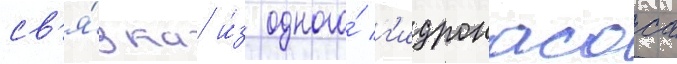
св'я́зка и́з одного́ г'идронасоса